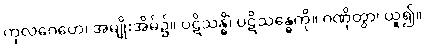
ကုလဂေဟေ၊ အမျိုးအိမ်၌။ ပဋိသန္ဓိံ၊ ပဋိသန္ဓေကို။ ဂဏှိတွာ၊ ယူ၍။